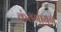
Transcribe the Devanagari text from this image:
कंठगायन